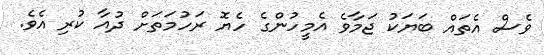
ވެސް އެތައް ބަޔަކު ޖަމާވެ އެމީހުންގެ ހެޔޮ ރަހުމަތަށް ދުއާ ކުރި އެވެ.